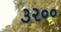
૩૨૦૦